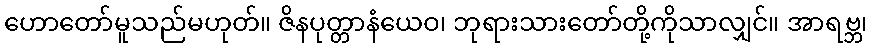
ဟောတော်မူသည်မဟုတ်။ ဇိနပုတ္တာနံယေဝ၊ ဘုရားသားတော်တို့ကိုသာလျှင်။ အာရဗ္ဘ၊